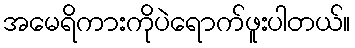
အမေရိကားကိုပဲရောက်ဖူးပါတယ်။